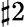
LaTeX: \sharp 2